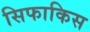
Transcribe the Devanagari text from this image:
सिफाकिस